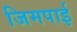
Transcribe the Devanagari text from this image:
जिमपाई